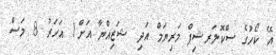
އޭ ކޯހުގެ ސްކޮލަރޝިޕް މަރިޔަމް އަދި ޝަޒިއްޔާ އަށް1 އަހަރު 8 މަސް